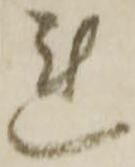
連